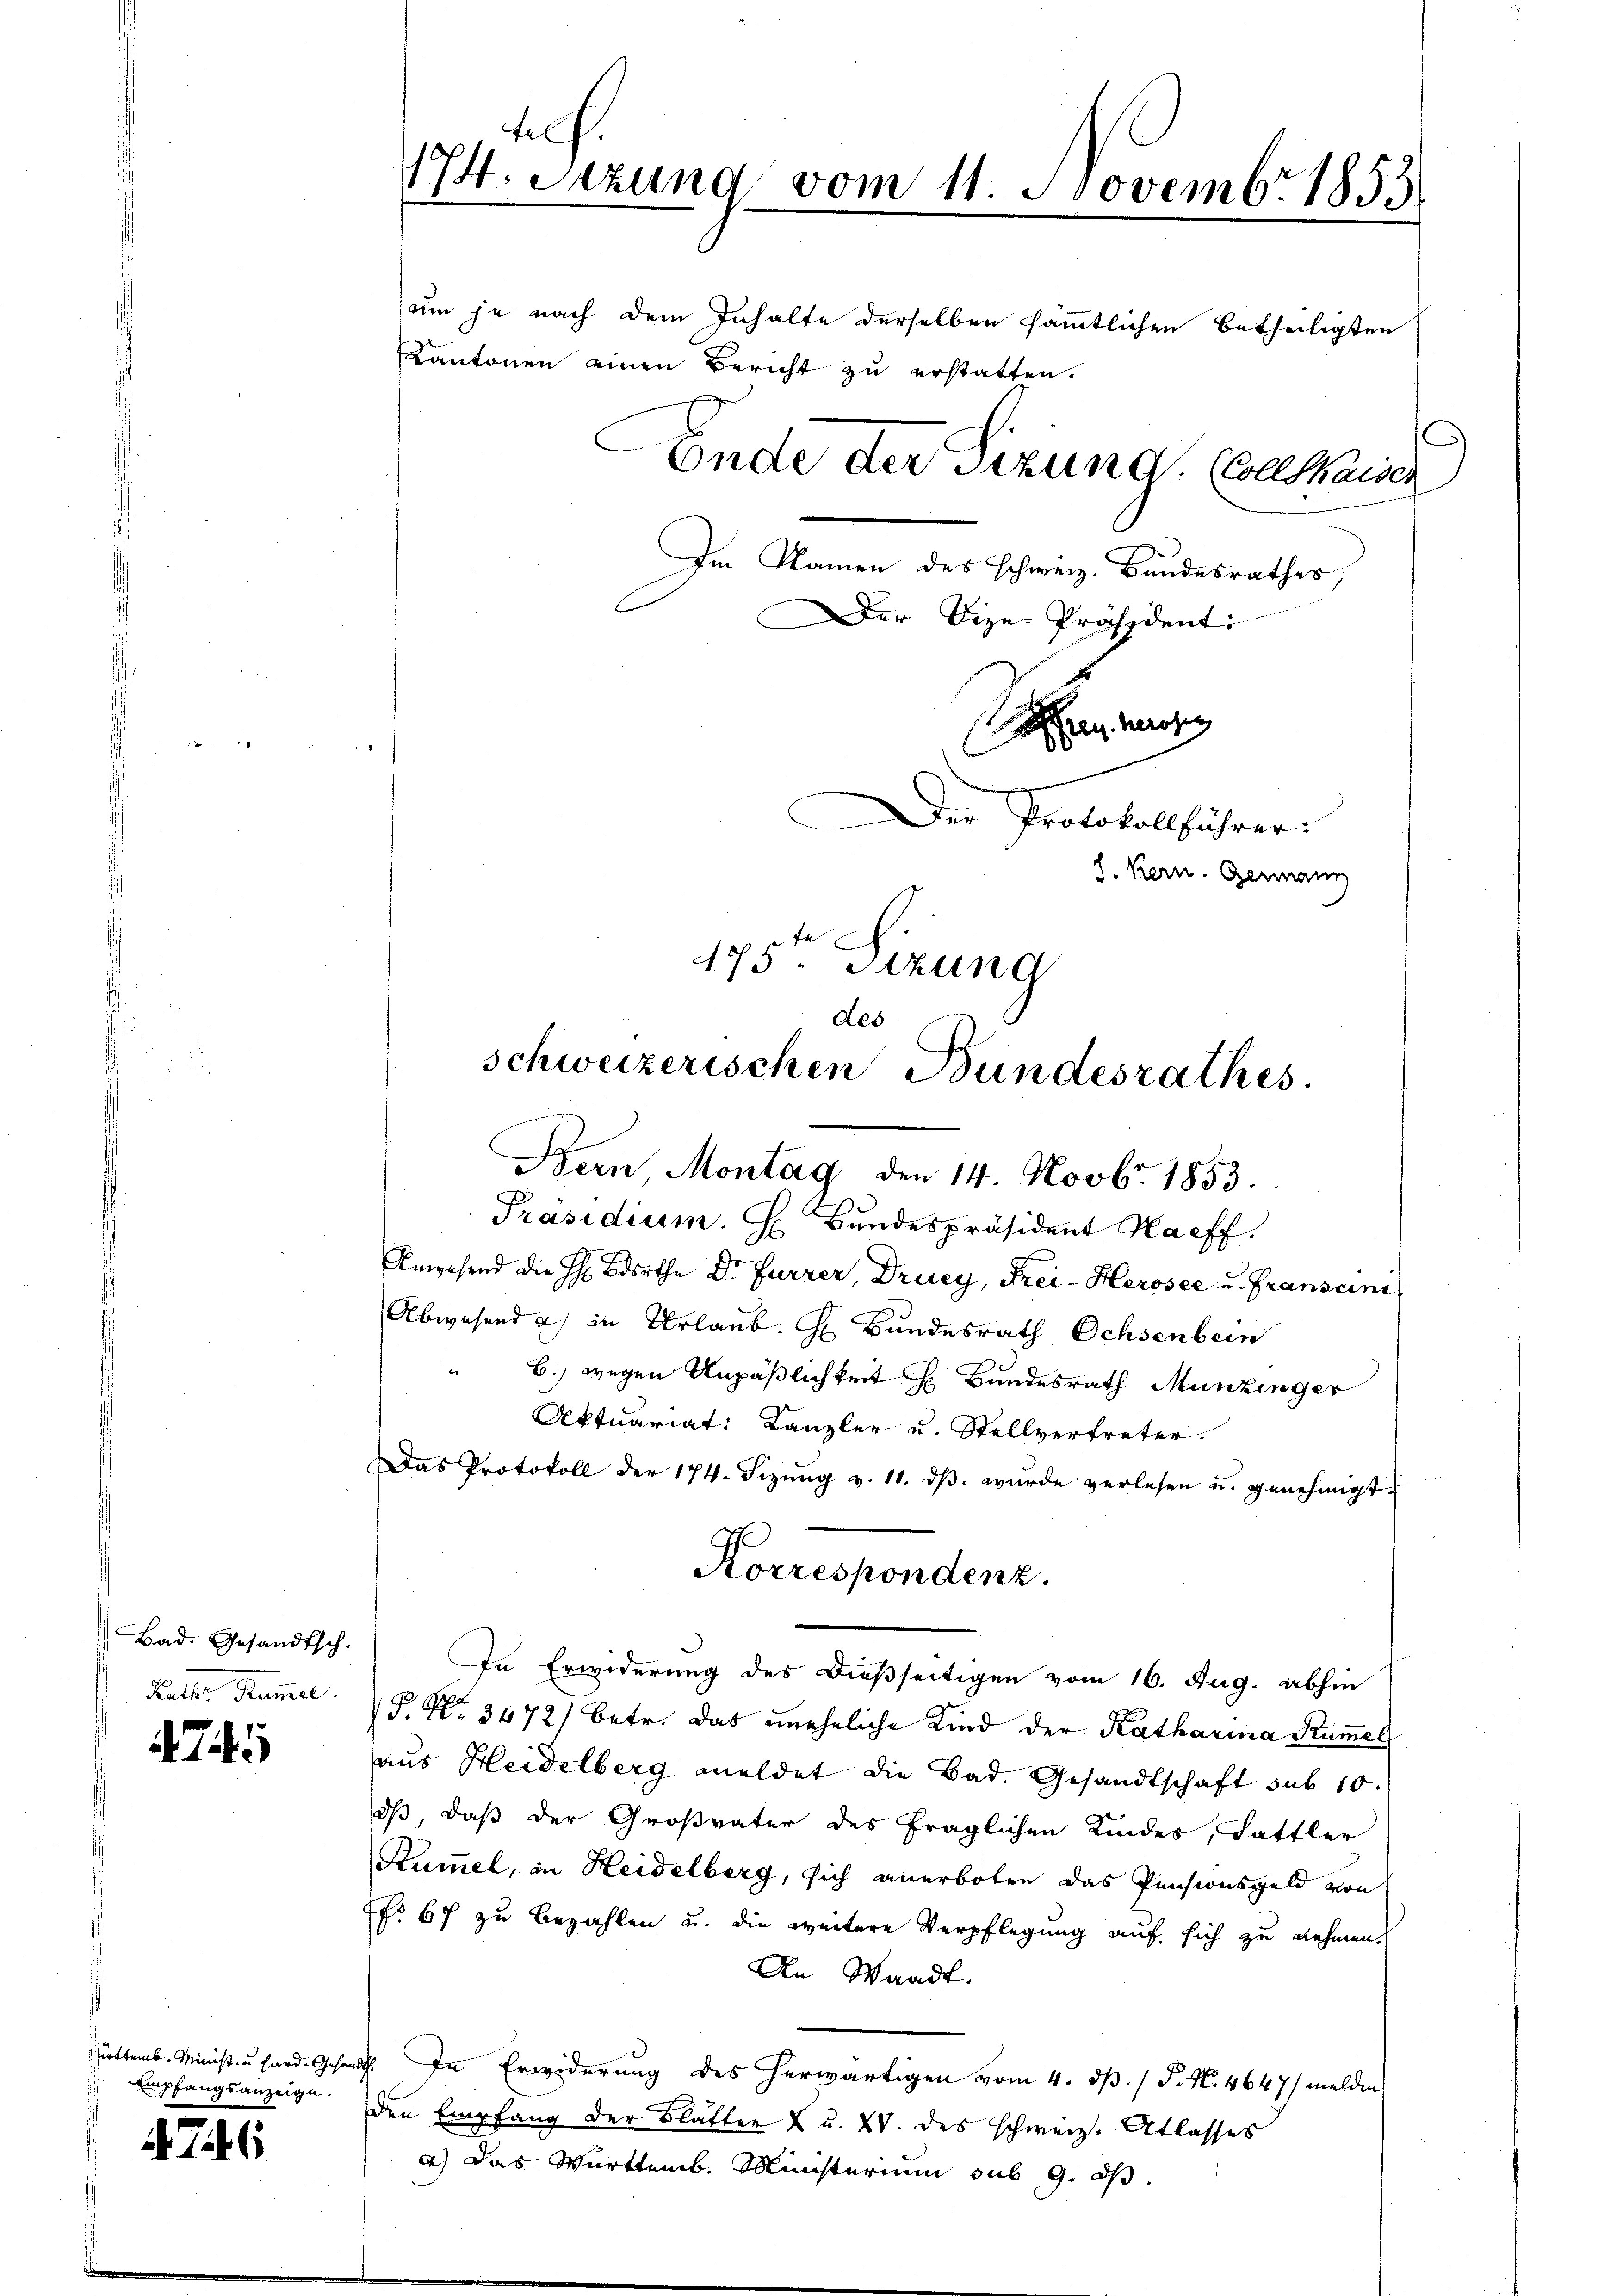
Bad. Gesandtsch.
Ratte Mariel

474

ürttemb. Minist u hard. Gesan
Empfangsanzeige.

746

hef.
174. Sitzung vom 11. Novembr. 1853
um je nach dem Inhalte derselben sämmtlichen Betheiligten
Ende der Sizung. (vermaier
Im Namen des Schweiz. Bundesrathes,
Der Vize-Präsident:
rn herstg
Der Protokollführer.
J. Kern. Germann
175ten Sizung
des

Kantonen einen Bericht zu erstatten.

schweizerischen Bundesrathes
Bern, Montag, den 14. Novbr. 1853.
Präsidium. H. Bundespräsident Haeff.

Anwesend die H Bdorthe Dr. Furrer, Drucy, Frei-Herosee u. Franscini
Abwesend es in Urlaub. H. Bundesrath Ochsenbern
 b.) wegen Unpäßlichkeit H. Bundesrath Munzinger
Aktuariat: Kanzler u. Stellvertreter.
Das Protokoll der 174. Sizŭng v. 11. dβ. wurde verlesen u. genehmigt.
Korrespondenz.
In Erwiderung des dießseitigen vom 16. Aug. abhin
P. Nr. 3472) betr. das uneheliche Kind der Katharina Kummel
aus Heidelberg meldet die Bad. Gesandtschaft sub 10.
iß, daß der Großvater des fraglichen Kindes, Sattler
Kummel, in Heidelberg, sich anerboten das Pensionsgeld von
o 67 zu Bezahlen u. die weitere Verpflegung auf sich zu nehmen.
An Waadt.
a. In Erwiderung des herwärtigen vom 4. dß. / P. N. 4647/ melden
den Empfang der Blätter X u. XV. des schweiz. Atlasses
a) Das Württemb. Ministerium sub 9. ds.